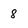
Character: 8